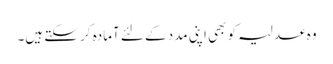
وہ عدلیہ کو بھی اپنی مدد کے لئے آمادہ کر سکتے ہیں۔